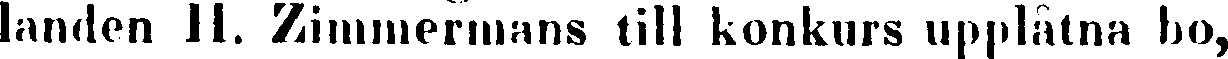
landen H. Zimmermans till konkurs upplåtna bo,